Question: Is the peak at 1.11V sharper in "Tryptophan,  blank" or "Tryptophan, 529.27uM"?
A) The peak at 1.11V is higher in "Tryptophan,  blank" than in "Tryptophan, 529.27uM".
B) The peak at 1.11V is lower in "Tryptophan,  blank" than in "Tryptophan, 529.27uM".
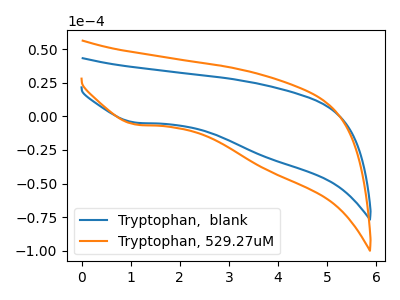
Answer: <think>The blue curve "Tryptophan,  blank" has a cathodic peak at: (1.10V, -4.65uA). The orange curve "Tryptophan, 529.27uM" has a cathodic peak at: (1.10V, -6.10uA).</think>
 <answer>B) The peak at 1.11V is lower in "Tryptophan,  blank" than in "Tryptophan, 529.27uM".</answer>
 <eval>B</eval>